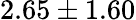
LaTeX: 2.65\pm 1.60